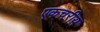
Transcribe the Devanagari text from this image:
एकचरीय